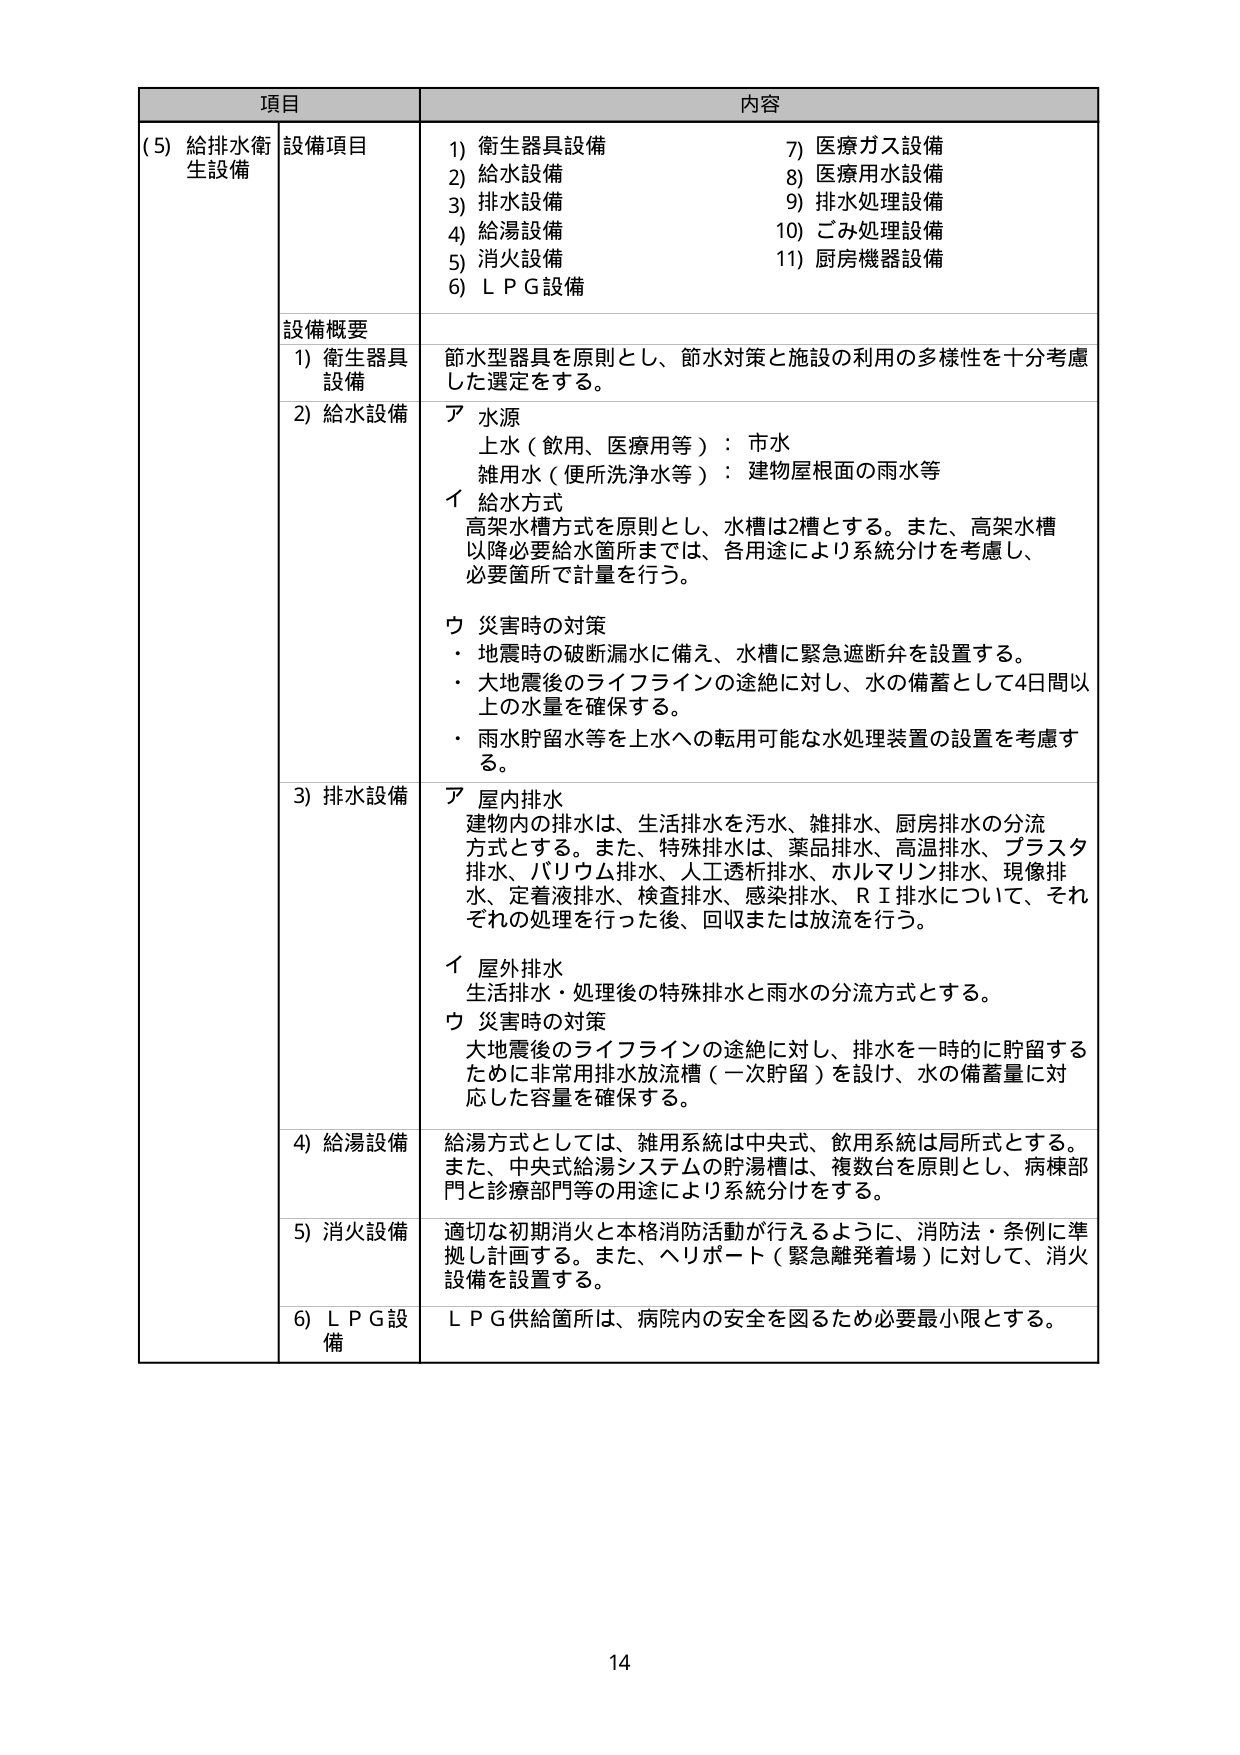
項目 内容
(5) 給排水衛生設備 設備項目 1) 衛生器具設備 7) 医療ガス設備 2) 給水設備 8) 医療用水設備 3) 排水設備 9) 排水処理設備 4) 給湯設備 10) ごみ処理設備 5) 消火設備 11) 厨房機器設備 6) ＬＰＧ設備 設備概要 1) 衛生器具設備 節水型器具を原則とし、節水対策と施設の利用の多様性を十分考慮した選定をする。 2) 給水設備 ア 水源 上水（飲用、医療用等）：市水 雑用水（便所洗浄水等）：建物屋根面の雨水等 イ 給水方式 高架水槽方式を原則とし、水槽は2槽とする。また、高架水槽以降必要給水箇所までは、各用途により系統分けを考慮し、必要箇所で計量を行う。 ウ 災害時の対策 ・地震時の破断漏水に備え、水槽に緊急遮断弁を設置する。 ・大地震後のライフラインの途絶に対し、水の備蓄として4日間以上の水量を確保する。 ・雨水貯留水等を上水への転用可能な水処理装置の設置を考慮する。 3) 排水設備 ア 屋内排水 建物内の排水は、生活排水を汚水、雑排水、厨房排水の分流方式とする。また、特殊排水は、薬品排水、高温排水、プラスチ排水、バリウム排水、人工透析排水、ホルマリン排水、現像排水、定着液排水、検査排水、感染排水、ＲＩ排水について、それぞれの処理を行った後、回収または放流を行う。 イ 屋外排水 生活排水・処理後の特殊排水と雨水の分流方式とする。 ウ 災害時の対策 大地震後のライフラインの途絶に対し、排水を一時的に貯留するために非常用排水放流槽（一次貯留）を設け、水の備蓄量に対応した容量を確保する。 4) 給湯設備 給湯方式としては、雑用系統は中央式、飲用系統は局所式とする。また、中央式給湯システムの貯湯槽は、複数台を原則とし、病棟部門と診療部門等の用途により系統分けをする。 5) 消火設備 適切な初期消火と本格消防活動が行えるように、消防法・条例に準拠し計画する。また、ヘリポート（緊急離発着場）に対して、消火設備を設置する。 6) ＬＰＧ設備 ＬＰＧ供給箇所は、病院内の安全を図るため必要最小限とする。 14